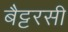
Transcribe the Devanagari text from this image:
बैट्टरसी